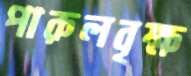
পারুলবৃক্ষ